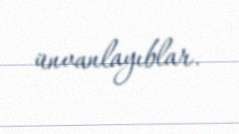
ünvanlayıblar.